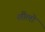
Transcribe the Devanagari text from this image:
शीलो